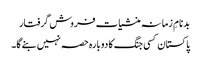
بدنامِ زمانہ منشیات فروش گرفتار
پاکستان کسی جنگ کا دوبارہ حصہ نہیں بنے گا۔